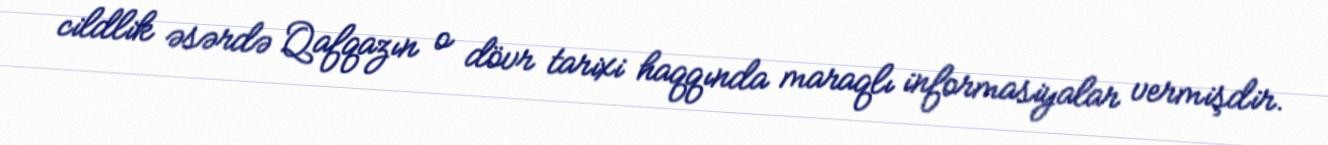
cildlik əsərdə Qafqazın o dövr tarixi haqqında maraqlı informasiyalar vermişdir.